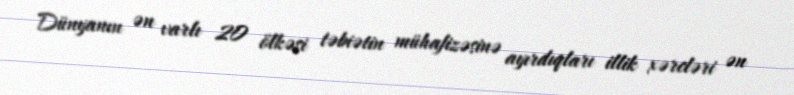
Dünyanın ən varlı 20 ölkəsi təbiətin mühafizəsinə ayırdıqları illik xərcləri ən